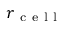
r _ { \mathrm { ~ c ~ e ~ l ~ l ~ } }